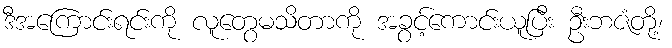
ဒီအကြောင်းရင်းကို လူတွေမသိတာကို အခွင့်ကောင်းယူပြီး ဦးဘဇံတို့၊